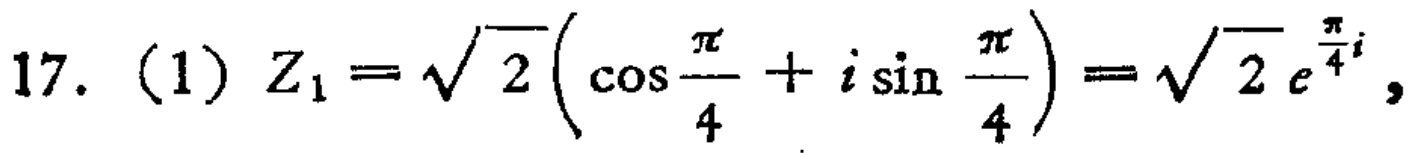
17. (1) \(Z_{1}=\sqrt{2}\left(\cos\frac{\pi}{4}+i\sin\frac{\pi}{4}\right)=\sqrt{2}e^{\frac{\pi}{4}i}\)